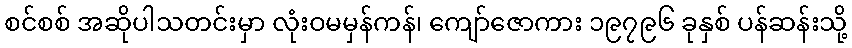
စင်စစ် အဆိုပါသတင်းမှာ လုံးဝမမှန်ကန်၊ ကျော်ဇောကား ၁၉၇၉၆ ခုနှစ် ပန်ဆန်းသို့